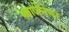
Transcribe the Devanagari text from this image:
स्वार्जेनेगर